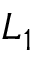
L _ { 1 }